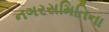
નગરસમિતિના